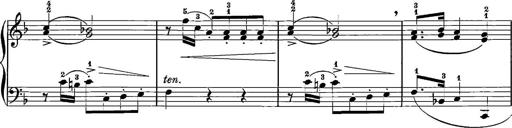
Title: 12 Sonatinas
Composer: Ignaz Pleyel